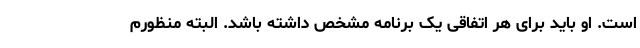
است. او باید برای هر اتفاقی یک برنامه مشخص داشته باشد. البته منظورم